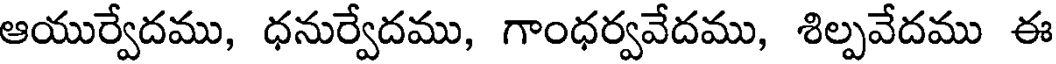
ఆయుర్వేదము, ధనుర్వేదము, గాంధర్వవేదము, శిల్పవేదము ఈ